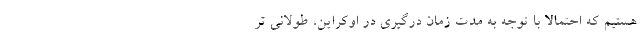
هستیم که احتمالا با توجه به مدت زمان درگیری در اوکراین، طولانی تر